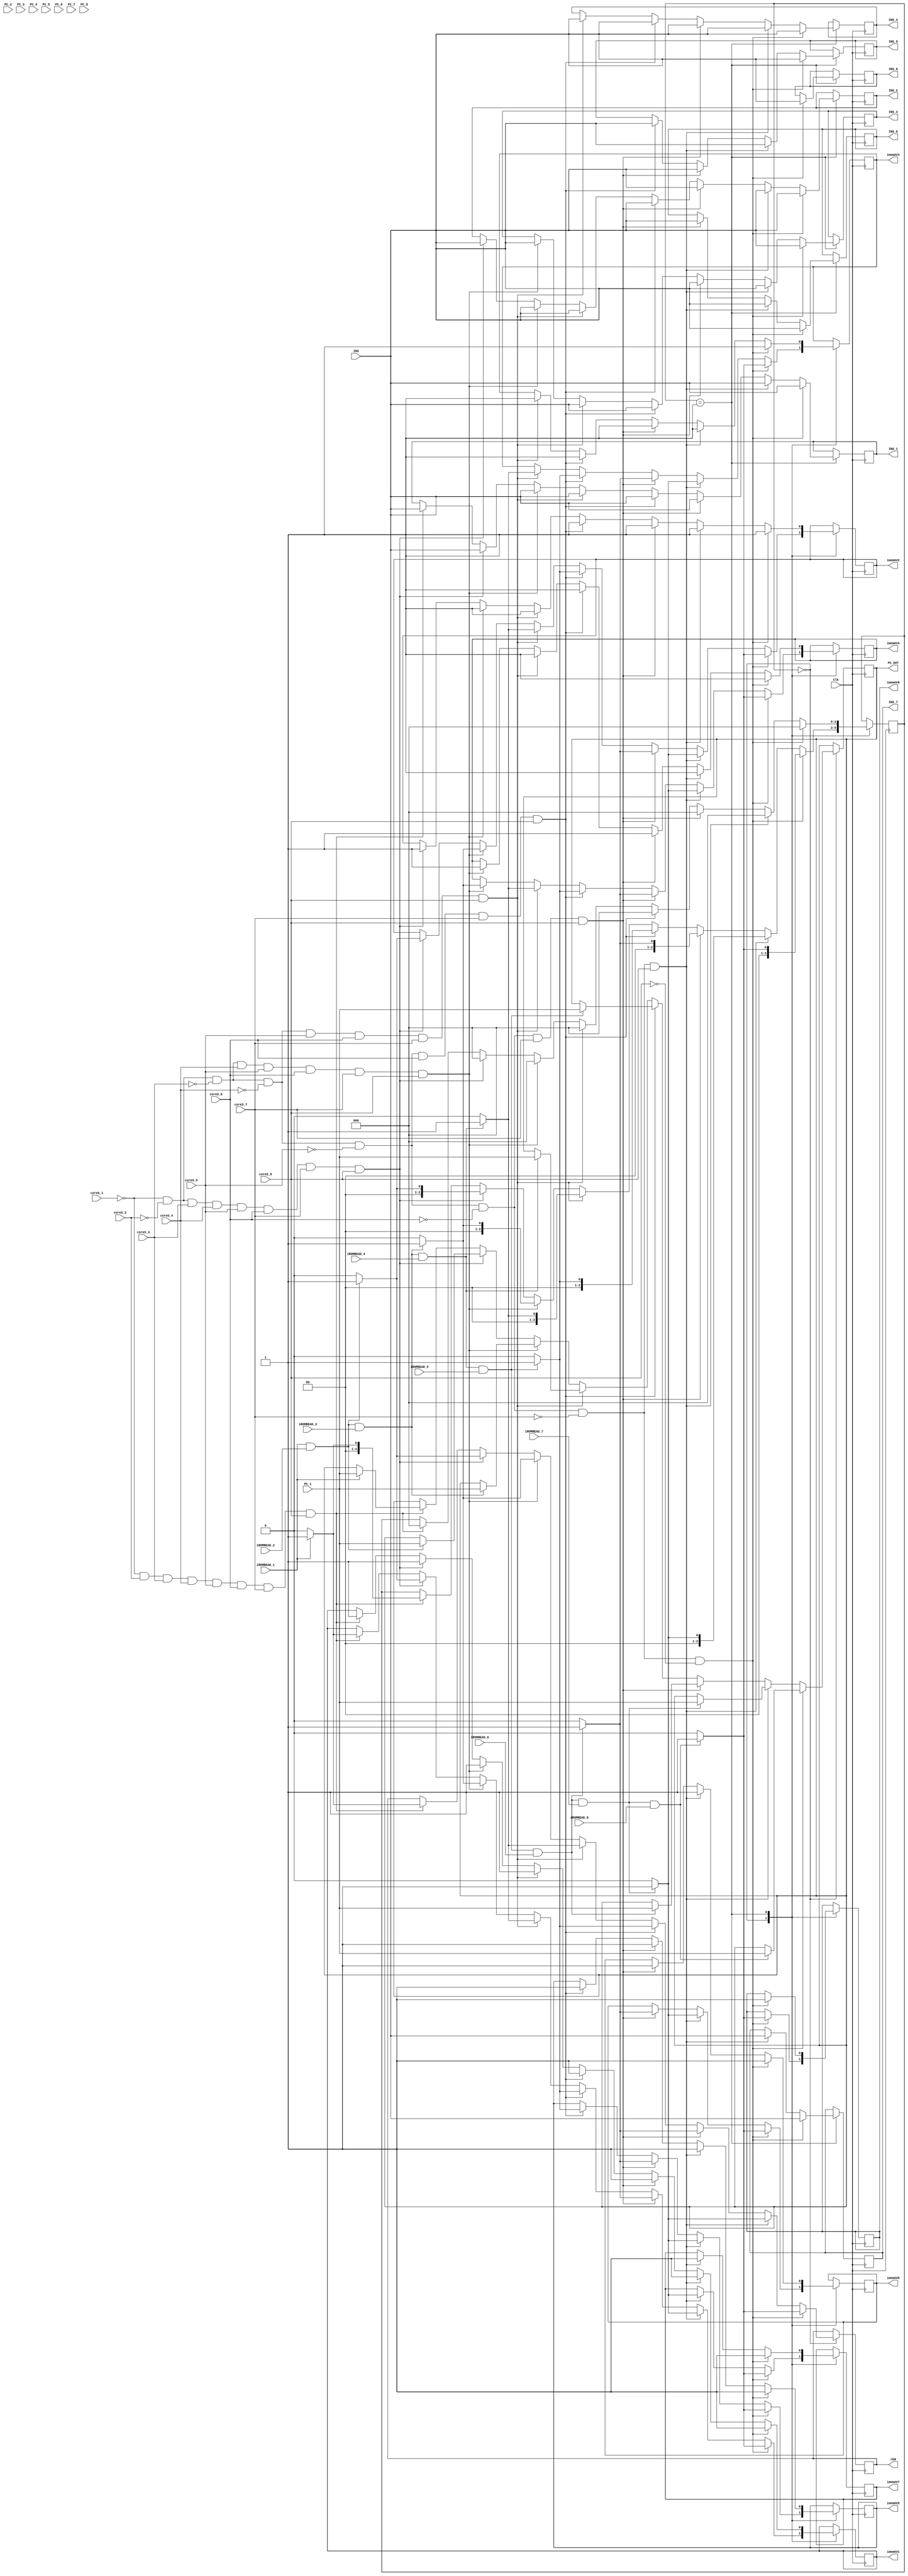
module imem_controller#(parameter WIDTH=8)(
    input Clk,
    input iROMREAD_1, iROMREAD_2, iROMREAD_3, iROMREAD_4, iROMREAD_5, iROMREAD_6, iROMREAD_7, iROMREAD_8,                //rEn signals from each core
    input coreS_1, coreS_2, coreS_3,coreS_4, coreS_5, coreS_6, coreS_7, coreS_8,                           //core states from each core
    input [WIDTH-1:0] PC_1, PC_2, PC_3,PC_4, PC_5, PC_6, PC_7, PC_8,                            //addresses from each core
    input [WIDTH-1:0]INS,                                               //Instruction from IROM
    output reg rEN,                                                     //rEn signal to IROM
    output reg [WIDTH-1:0] PC_OUT,                                      //read address to IROM
    output reg [WIDTH-1:0]INS_1, INS_2, INS_3,INS_4, INS_5, INS_6, INS_7, INS_8,                   //read instructions to cores
    output reg imemAV1, imemAV2, imemAV3,imemAV4, imemAV5, imemAV6, imemAV7, imemAV8                       //IROM read state signal to each core
);
localparam NORMI = 3'b000;
localparam NORMENDI = 3'b001; 

reg [2:0] NEXT_STATE_IC=NORMI;
reg [2:0] STATE_IC=NORMI;



always @(negedge Clk) begin
    STATE_IC = NEXT_STATE_IC;
    case (STATE_IC)
    NORMI:
        if ((coreS_1==0) && (coreS_2==0) && (coreS_3==0) && (coreS_4==0) && (coreS_5==0) && (coreS_6==0) && (coreS_7==0) && (coreS_8==0)) begin
            if(iROMREAD_1==1 && iROMREAD_2==1 && iROMREAD_3==1 && iROMREAD_4==1 && iROMREAD_5==1 && iROMREAD_6==1 && iROMREAD_7==1 && iROMREAD_8==1) begin
                rEN <= 1;
                PC_OUT <= PC_1;
                NEXT_STATE_IC <= NORMENDI;
                imemAV1 <= 1;
                imemAV2 <= 1;
                imemAV3 <= 1;
                imemAV4 <= 1;
                imemAV5 <= 1;
                imemAV6 <= 1;
                imemAV7 <= 1;
                imemAV8 <= 1;
            end
            else begin
                rEN <= 0;
                imemAV1 <= 0;
                imemAV2 <= 0;
                imemAV3 <= 0;
                imemAV4 <= 0;
                imemAV5 <= 0;
                imemAV6 <= 0;
                imemAV7 <= 0;
                imemAV8 <= 0;
                NEXT_STATE_IC <= NORMI;

            end
        end
        else if((coreS_1==0) && (coreS_2==0) && (coreS_3==0) && (coreS_4==0) && (coreS_5==0) && (coreS_6==0) && (coreS_7==0) && (coreS_8==1)) begin
            if(iROMREAD_1==1 && iROMREAD_2==1 && iROMREAD_3==1 && iROMREAD_4==1 && iROMREAD_5==1 && iROMREAD_6==1 && iROMREAD_7==1) begin
               rEN <= 1;
               PC_OUT <= PC_1;
               NEXT_STATE_IC <= NORMENDI;
                imemAV1 <= 1;
                imemAV2 <= 1;
                imemAV3 <= 1;
                imemAV4 <= 1;
                imemAV5 <= 1;
                imemAV6 <= 1;
                imemAV7 <= 1;              
            end
            else begin
                rEN <= 0;
                imemAV1 <= 0;
                imemAV2 <= 0;
                imemAV3 <= 0;
                imemAV4 <= 0;
                imemAV5 <= 0;
                imemAV6 <= 0;
                imemAV7 <= 0;
                NEXT_STATE_IC <= NORMI;

            end
            
        end

        else if((coreS_1==0) && (coreS_2==0) && (coreS_3==0) && (coreS_4==0) && (coreS_5==0) && (coreS_6==0) && (coreS_7==1) && (coreS_8==1)) begin
            if(iROMREAD_1==1 && iROMREAD_2==1 && iROMREAD_3==1 && iROMREAD_4==1 && iROMREAD_5==1 && iROMREAD_6==1) begin
               rEN <= 1;
               PC_OUT <= PC_1;
               NEXT_STATE_IC <= NORMENDI;
                imemAV1 <= 1;
                imemAV2 <= 1;
                imemAV3 <= 1;
                imemAV4 <= 1;
                imemAV5 <= 1;
                imemAV6 <= 1;
                           
            end
            else begin
                rEN <= 0;
                imemAV1 <= 0;
                imemAV2 <= 0;
                imemAV3 <= 0;
                imemAV4 <= 0;
                imemAV5 <= 0;
                imemAV6 <= 0;
             
                NEXT_STATE_IC <= NORMI;

            end
            
        end

        else if((coreS_1==0) && (coreS_2==0) && (coreS_3==0) && (coreS_4==0) && (coreS_5==0) && (coreS_6==1) && (coreS_7==1) && (coreS_8==1)) begin
            if(iROMREAD_1==1 && iROMREAD_2==1 && iROMREAD_3==1 && iROMREAD_4==1 && iROMREAD_5==1) begin
               rEN <= 1;
               PC_OUT <= PC_1;
               NEXT_STATE_IC <= NORMENDI;
                imemAV1 <= 1;
                imemAV2 <= 1;
                imemAV3 <= 1;
                imemAV4 <= 1;
                imemAV5 <= 1;
                            
            end
            else begin
                rEN <= 0;
                imemAV1 <= 0;
                imemAV2 <= 0;
                imemAV3 <= 0;
                imemAV4 <= 0;
                imemAV5 <= 0;
                NEXT_STATE_IC <= NORMI;

            end
            
        end

        else if((coreS_1==0) && (coreS_2==0) && (coreS_3==0) && (coreS_4==0) && (coreS_5==1) && (coreS_6==1) && (coreS_7==1) && (coreS_8==1)) begin
            if(iROMREAD_1==1 && iROMREAD_2==1 && iROMREAD_3==1 && iROMREAD_4==1) begin
               rEN <= 1;
               PC_OUT <= PC_1;
               NEXT_STATE_IC <= NORMENDI;
                imemAV1 <= 1;
                imemAV2 <= 1;
                imemAV3 <= 1;
                imemAV4 <= 1;
                          
            end
            else begin
                rEN <= 0;
                imemAV1 <= 0;
                imemAV2 <= 0;
                imemAV3 <= 0;
                imemAV4 <= 0;
                NEXT_STATE_IC <= NORMI;

            end
            
        end

        else if((coreS_1==0) && (coreS_2==0) && (coreS_3==0) && (coreS_4==1) && (coreS_5==1) && (coreS_6==1) && (coreS_7==1) && (coreS_8==1)) begin
            if(iROMREAD_1==1 && iROMREAD_2==1 && iROMREAD_3==1) begin
               rEN <= 1;
               PC_OUT <= PC_1;
               NEXT_STATE_IC <= NORMENDI;
                imemAV1 <= 1;
                imemAV2 <= 1;
                imemAV3 <= 1;
               
                          
            end
            else begin
                rEN <= 0;
                imemAV1 <= 0;
                imemAV2 <= 0;
                imemAV3 <= 0;
                NEXT_STATE_IC <= NORMI;

            end
            
        end

        else if((coreS_1==0) && (coreS_2==0) && (coreS_3==1) && (coreS_4==1) && (coreS_5==1) && (coreS_6==1) && (coreS_7==1) && (coreS_8==1)) begin
            if(iROMREAD_1==1 && iROMREAD_2==1) begin
               rEN <= 1;
               PC_OUT <= PC_1;
               NEXT_STATE_IC <= NORMENDI;
                imemAV1 <= 1;
                imemAV2 <= 1;
               
              
                          
            end
            else begin
                rEN <= 0;
                imemAV1 <= 0;
                imemAV2 <= 0;
                NEXT_STATE_IC <= NORMI;

            end
            
        end

        else if((coreS_1==0) && (coreS_2==1) && (coreS_3==1) && (coreS_4==1) && (coreS_5==1) && (coreS_6==1) && (coreS_7==1) && (coreS_8==1)) begin
            if(iROMREAD_1==1) begin
               rEN <= 1;
               PC_OUT <= PC_1;
               NEXT_STATE_IC <= NORMENDI;
                imemAV1 <= 1;
              
             
                          
            end
            else begin
                rEN <= 0;
                imemAV1 <= 0;
                NEXT_STATE_IC <= NORMI;

            end
            
        end

    
    NORMENDI:
      if((coreS_1==0) && (coreS_2==0) && (coreS_3==0) && (coreS_4==0) && (coreS_5==0) && (coreS_6==0) && (coreS_7==0) && (coreS_8==0)) begin
        INS_1 <= INS;
        INS_2 <= INS;
        INS_3 <= INS;
        INS_4 <= INS;
        INS_5 <= INS;
        INS_6 <= INS;
        INS_7 <= INS;
        INS_8 <= INS;
        imemAV1 <= 1;
        imemAV2 <= 1;
        imemAV3 <= 1;
        imemAV4 <= 1;
        imemAV5 <= 1;
        imemAV6 <= 1;
        imemAV7 <= 1;
        imemAV8 <= 1;
        NEXT_STATE_IC <= NORMI;     
      end

      else if((coreS_1==0) && (coreS_2==0) && (coreS_3==0) && (coreS_4==0) && (coreS_5==0) && (coreS_6==0) && (coreS_7==0) && (coreS_8==1)) begin
        INS_1 <= INS;
        INS_2 <= INS;
        INS_3 <= INS;
        INS_4 <= INS;
        INS_5 <= INS;
        INS_6 <= INS;
        INS_7 <= INS;
        imemAV1 <= 1;
        imemAV2 <= 1;
        imemAV3 <= 1;
        imemAV4 <= 1;
        imemAV5 <= 1;
        imemAV6 <= 1;
        imemAV7 <= 1;
        NEXT_STATE_IC <= NORMI;     
      end

     else if((coreS_1==0) && (coreS_2==0) && (coreS_3==0) && (coreS_4==0) && (coreS_5==0) && (coreS_6==0) && (coreS_7==1) && (coreS_8==1)) begin
        INS_1 <= INS;
        INS_2 <= INS;
        INS_3 <= INS;
        INS_4 <= INS;
        INS_5 <= INS;
        INS_6 <= INS;
        imemAV1 <= 1;
        imemAV2 <= 1;
        imemAV3 <= 1;
        imemAV4 <= 1;
        imemAV5 <= 1;
        imemAV6 <= 1;
        NEXT_STATE_IC <= NORMI;     
      end

      else if((coreS_1==0) && (coreS_2==0) && (coreS_3==0) && (coreS_4==0) && (coreS_5==0) && (coreS_6==1) && (coreS_7==1) && (coreS_8==1)) begin
        INS_1 <= INS;
        INS_2 <= INS;
        INS_3 <= INS;
        INS_4 <= INS;
        INS_5 <= INS;
        imemAV1 <= 1;
        imemAV2 <= 1;
        imemAV3 <= 1;
        imemAV4 <= 1;
        imemAV5 <= 1;
        NEXT_STATE_IC <= NORMI;     
      end

      else if((coreS_1==0) && (coreS_2==0) && (coreS_3==0) && (coreS_4==0) && (coreS_5==1) && (coreS_6==1) && (coreS_7==1) && (coreS_8==1)) begin
        INS_1 <= INS;
        INS_2 <= INS;
        INS_3 <= INS;
        INS_4 <= INS;
        imemAV1 <= 1;
        imemAV2 <= 1;
        imemAV3 <= 1;
        imemAV4 <= 1;
        NEXT_STATE_IC <= NORMI;     
      end

      else if((coreS_1==0) && (coreS_2==0) && (coreS_3==0) && (coreS_4==1) && (coreS_5==1) && (coreS_6==1) && (coreS_7==1) && (coreS_8==1)) begin
        INS_1 <= INS;
        INS_2 <= INS;
        INS_3 <= INS;
        imemAV1 <= 1;
        imemAV2 <= 1;
        imemAV3 <= 1;
        NEXT_STATE_IC <= NORMI;     
      end

      else if((coreS_1==0) && (coreS_2==0) && (coreS_3==1) && (coreS_4==1) && (coreS_5==1) && (coreS_6==1) && (coreS_7==1) && (coreS_8==1)) begin
        INS_1 <= INS;
        INS_2 <= INS;
        imemAV1 <= 1;
        imemAV2 <= 1;
        NEXT_STATE_IC <= NORMI;     
      end

      else if((coreS_1==0) && (coreS_2==1) && (coreS_3==1) && (coreS_4==1) && (coreS_5==1) && (coreS_6==1) && (coreS_7==1) && (coreS_8==1)) begin
        INS_1 <= INS;
        imemAV1 <= 1;
        NEXT_STATE_IC <= NORMI;     
      end





    endcase

end

endmodule